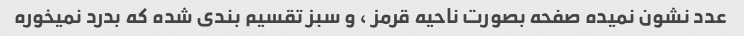
عدد نشون نمیده صفحه بصورت ناحیه قرمز ، و سبز تقسیم بندی شده که بدرد نمیخوره